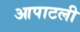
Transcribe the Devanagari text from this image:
आपाटली